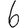
Digit: 6